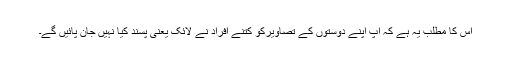
اس کا مطلب یہ ہے کہ آپ اپنے دوستوں کے تصاویرکو کتنے افراد نے لائک یعنی پسند کیا نہیں جان پائیں گے۔